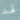
قد